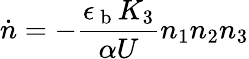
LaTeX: \dot{n}=-\frac{\epsilon_{\mathrm{~b~}}K_{3}}{\alpha U}n_{1}n_{2}n_{3}